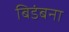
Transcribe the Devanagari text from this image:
बिडंबना